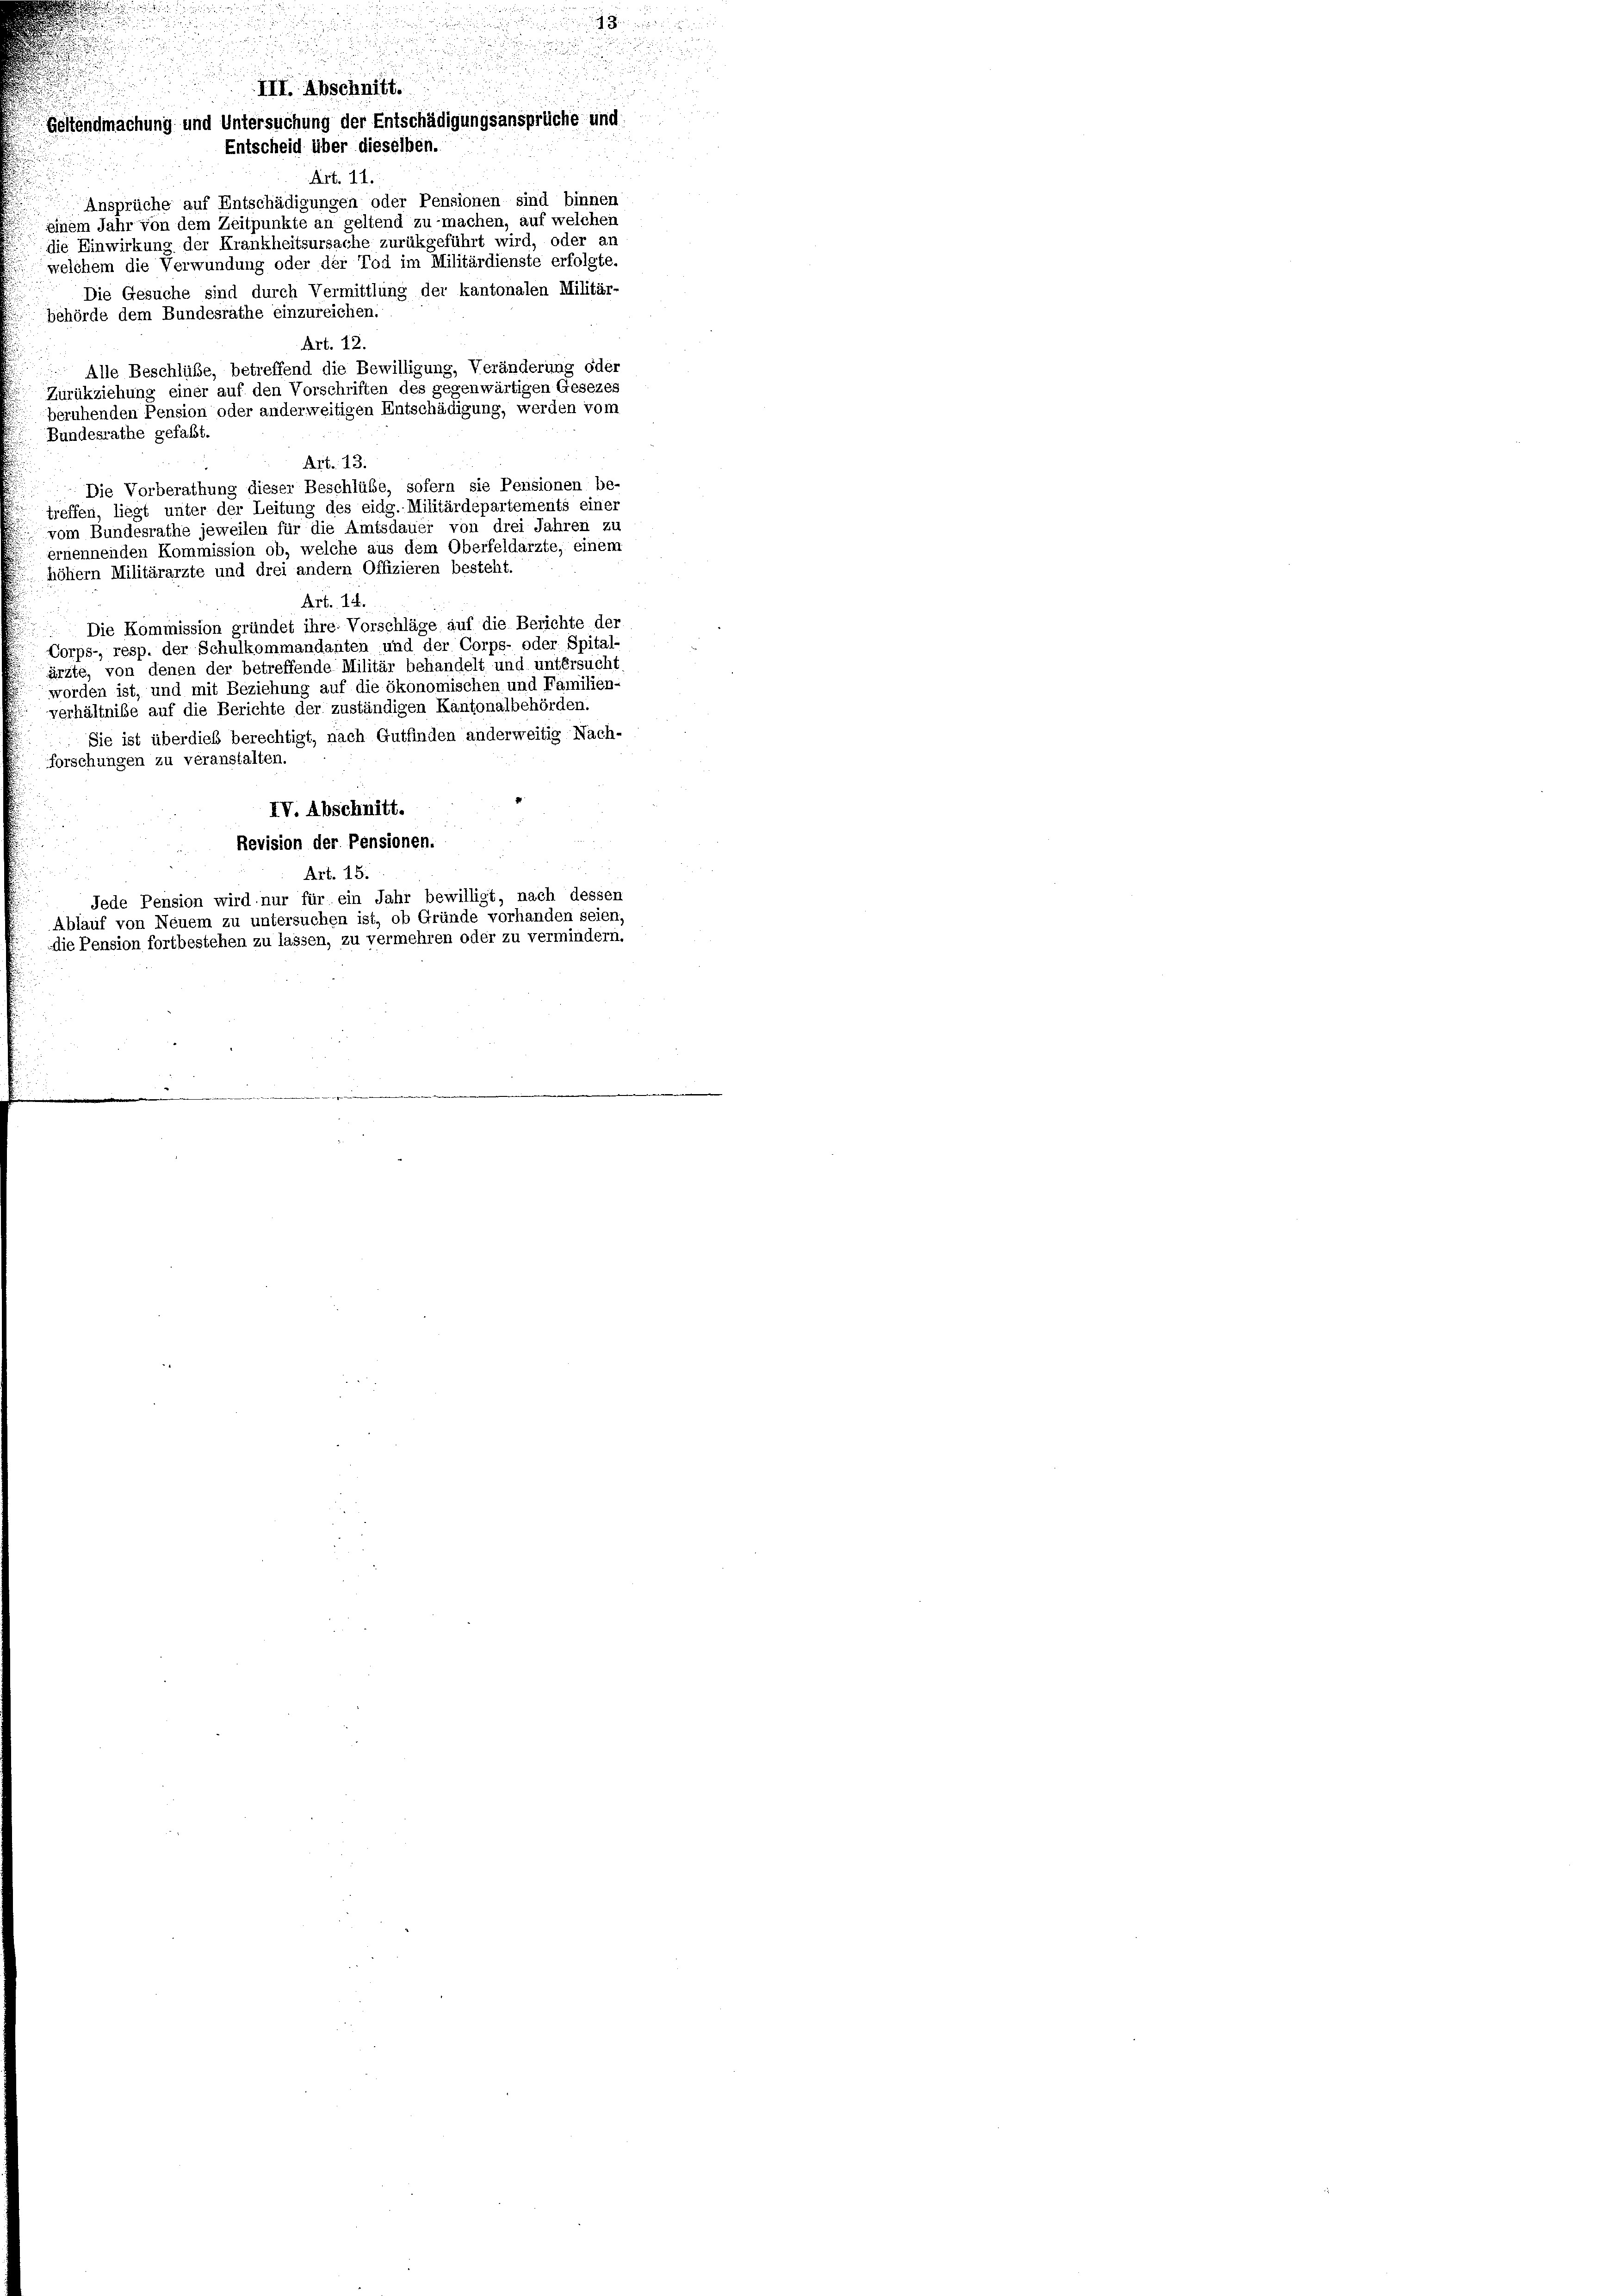
Entscheid über dieselben.
Art. 11.
Ansprüche auf Entschädigungen oder Pensionen sind binnen
einem Jahr von dem Zeitpunkte an geltend zu machen, auf welchen
die Einwirkung der Krankheitsursache zurükgeführt wird, oder an
welchem die Verwundung oder der Tod im Militärdienste erfolgte.
Die Gesuche sind durch Vermittlung der kantonalen Militär-
behörde dem Bundesrathe einzureichen.
Art. 12.
Alle Beschlüße, betreffend die Bewilligung, Veränderung oder
Zurükziehung einer auf den Vorschriften des gegenwärtigen Gesezes
beruhenden Pension oder anderweitigen Entschädigung, werden vom
Bundesrathe gefaßt.
Art. 13.
Die Vorberathung dieser Beschlübe, sofern sie Pensionen be-
treffen, liegt unter der Leitung des eidg. Militärdepartements einer
vom Bundesrathe jeweilen für die Amtsdauer von drei Jahren zu
ernennenden Kommission ob, welche aus dem Oberfeldarzte, einem
höher Militärarzte und drei andern Offizieren besteht.
Art. 14.
Die Kommission gründet ihre Vorschläge auf die Berichte der
Corps- resp. der Schulkommandanten und der Corps- oder Spital-
ärzte, von denen der betreffende Militär behandelt und untersucht
worden ist, und mit Beziehung auf die ökonomischen und Familien-
verhältniße auf die Berichte der zuständigen Kantonalbehörden.
Sie ist überdies berechtigt, nach Gutfinden anderweitig Nach-
forschungen zu veranstalten.
IV. Abschnitt.
Revision der Pensionen.
Art. 15.
Jede Pension wird nur für ein Jahr bewilligt, nach dessen
Ablauf von Neuem zu untersuchen ist, ob Gründe vorhanden seien,
die Pension fortbestehen zu lassen, zu vermehren oder zu vermindern.

III. Abschnitt.
Geltendmachung und Untersuchung der Entschädigungsansprüche und:

u